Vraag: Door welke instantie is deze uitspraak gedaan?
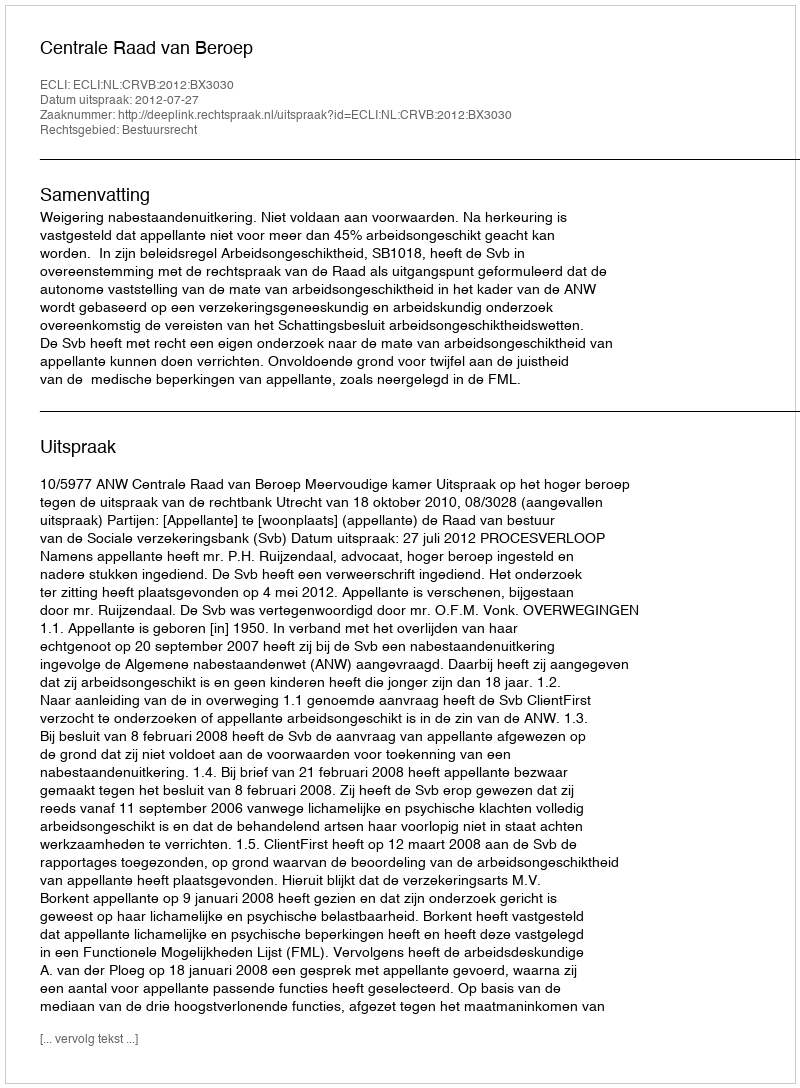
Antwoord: Centrale Raad van Beroep